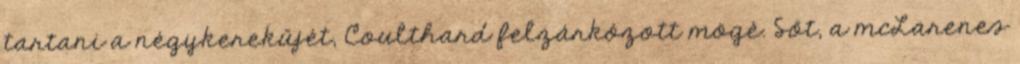
tartani a négykerekűjét, Coulthard felzárkózott mögé. Sőt, a mcLarenes